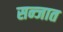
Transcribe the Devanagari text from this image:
सन्जात